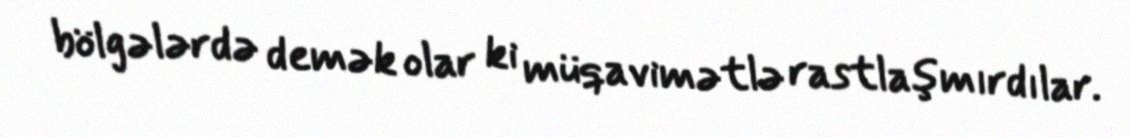
bölgələrdə demək olar ki müqavimətlə rastlaşmırdılar.